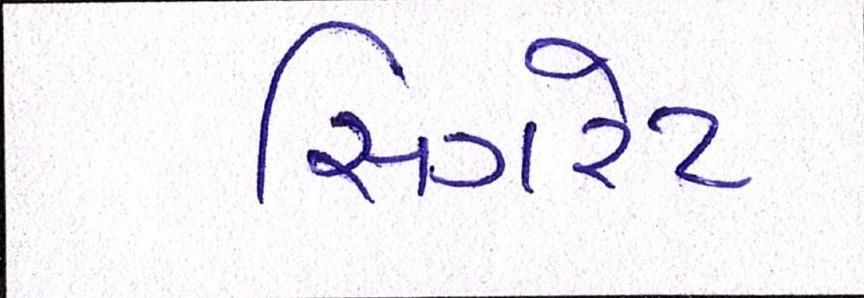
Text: સિગરેટ